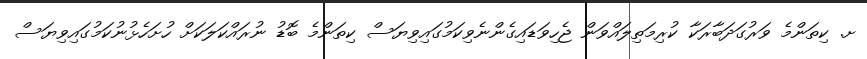
ށ. ކިތަންމެ ވަރުގަދަބާރަކާ ކުރިމަތިލައްވަން ޖެހިވަޑައިގެންނެވިކަމުގައިވިޔަސް ކިތަންމެ ބޮޑު ނުރައްކަލަކަށް ހުށަހެޅުނުކަމުގައިވިޔަސް